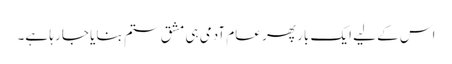
اس کے لیے ایک بار پھر عام آدمی ہی مشقِ ستم بنایا جا رہا ہے۔